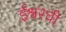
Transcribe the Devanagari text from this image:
ईश्वरची